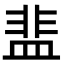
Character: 𬐤